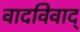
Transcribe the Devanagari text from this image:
वादविवाद्